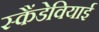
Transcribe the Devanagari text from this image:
स्कैंडेवियाई